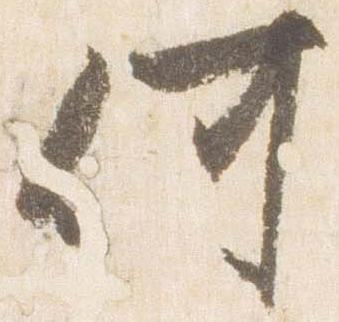
何